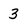
Character: 3